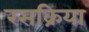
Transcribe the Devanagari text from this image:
रसक्रिया